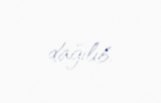
dağılıb.